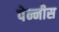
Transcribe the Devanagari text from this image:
पेन्नीस